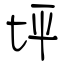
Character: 坪